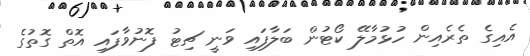
އެއިގެ ތެރެއިން ހުޅުމާލޭ ކޯޓުން ބަލާފައި ވަނީ ޗިޓު ފޮނުވާފައި އޮތް ގޮތުގެ